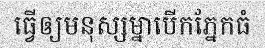
ធ្វើឲ្យមនុស្សម្នាបើកភ្នែកធំ